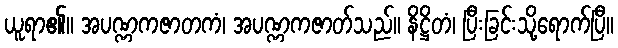
ယူရာ၏။ အပဏ္ဏကဇာတကံ၊ အပဏ္ဏကဇာတ်သည်။ နိဋ္ဌိတံ၊ ပြီးခြင်းသို့ရောက်ပြီ။